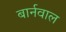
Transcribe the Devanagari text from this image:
बार्नवाल